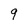
Character: 9